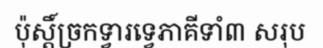
ប៉ុស្តិ៍ច្រកទ្វារទ្វេភាគីទាំ៣ សរុប